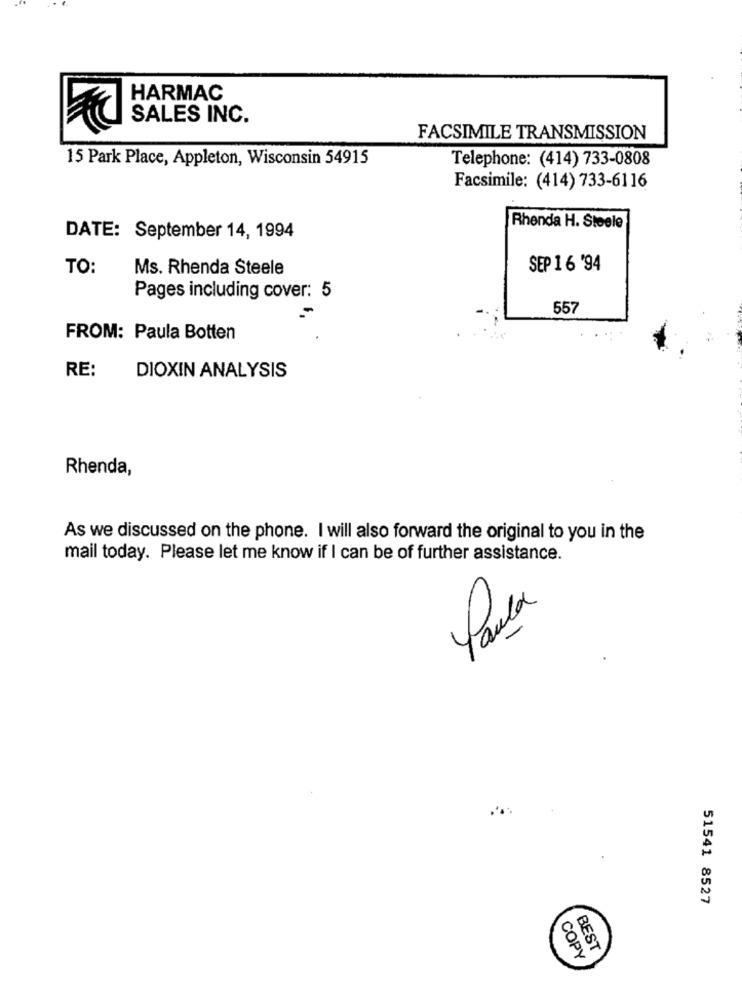
HARMAC
SALES INC.
FACSIMILE TRANSMISSION
15 Park Place, Appleton, Wisconsin 54915
Telephone: (414) 733-0808
Facsimile: (414) 733-6116
Rhenda H. Steele
DATE: September 14, 1994
TO:
Ms. Rhenda Steele
SEP 1 6 '94
Pages including cover: 5
557
FROM: Paula Botten
RE:
DIOXIN ANALYSIS
Rhenda,
As we discussed on the phone. I will also forward the original to you in the
mail today. Please let me know if I can be of further assistance.
Paula
51541 8527
BEST
COPY